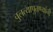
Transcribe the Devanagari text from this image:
चुलत्यापुतण्यांनी